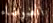
الضوضاء